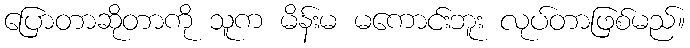
ပြောတာဆိုတာကို သူက မိန်းမ မကောင်းဘူး လုပ်တာဖြစ်မည်။